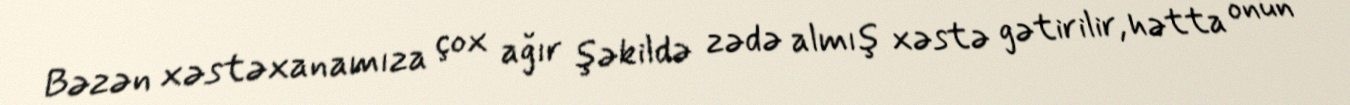
Bəzən xəstəxanamıza çox ağır şəkildə zədə almış xəstə gətirilir, hətta onun